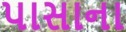
પાસાના